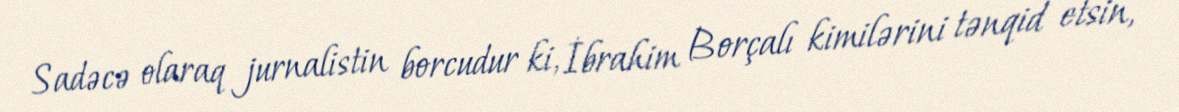
Sadəcə olaraq jurnalistin borcudur ki, İbrahim Borçalı kimilərini tənqid etsin,